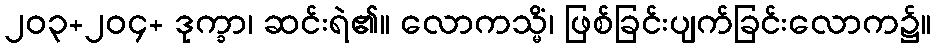
၂၀၃+၂၀၄+ ဒုက္ခာ၊ ဆင်းရဲ၏။ လောကသ္မိံ၊ ဖြစ်ခြင်းပျက်ခြင်းလောက၌။